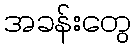
အခန်းတွေ